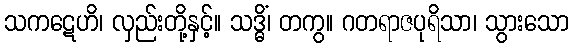
သကဋေဟိ၊ လှည်းတို့နှင့်။ သဒ္ဓိံ၊ တကွ။ ဂတရာဇပုရိသာ၊ သွားသော